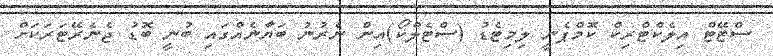
ސްޓޭޓް އިލެކްޓްރިކް ކޮމްޕެނީ ލިމިޓެޑު (ސްޓެލްކޯ)އިން ނެރުނު ބަޔާނެއްގައި ބުނީ ބޮޑު ޖެނެރޭޓަރަކަށް